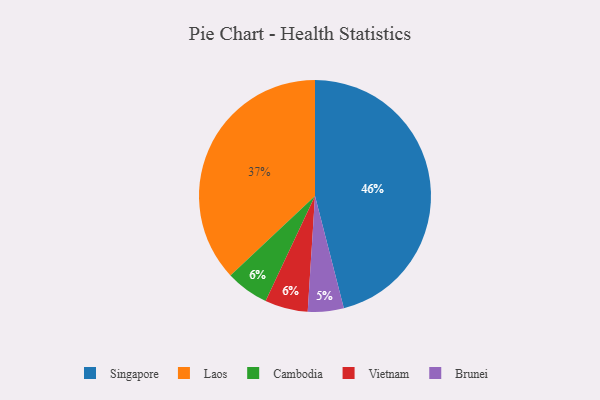
{"axis": {"x": "Category", "y": "Percentage"}, "legend": ["Brunei", "Cambodia", "Laos", "Singapore", "Vietnam"], "data": [{"x": "Singapore", "y": 46, "type": "Singapore"}, {"x": "Laos", "y": 37, "type": "Laos"}, {"x": "Cambodia", "y": 6, "type": "Cambodia"}, {"x": "Vietnam", "y": 6, "type": "Vietnam"}, {"x": "Brunei", "y": 5, "type": "Brunei"}]}